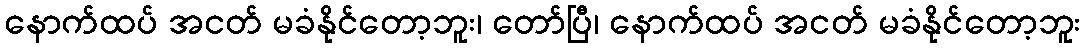
နောက်ထပ် အငတ် မခံနိုင်တော့ဘူး၊ တော်ပြီ၊ နောက်ထပ် အငတ် မခံနိုင်တော့ဘူး